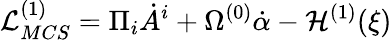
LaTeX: {\cal L}_{MCS}^{(1)}=\Pi_{i}\dot{A}^{i}+\Omega^{(0)}\dot{\alpha}-{\cal H}^{(1)}(\xi)